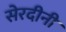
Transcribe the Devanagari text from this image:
सेरदीनी